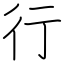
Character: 行